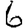
Digit: 6